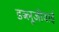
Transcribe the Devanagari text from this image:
डब्लूजीवाई